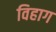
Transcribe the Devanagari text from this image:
विहाग